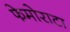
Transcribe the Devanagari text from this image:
फेमोराटा